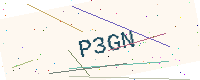
Text: P3GN